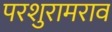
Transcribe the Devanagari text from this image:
परशुरामराव